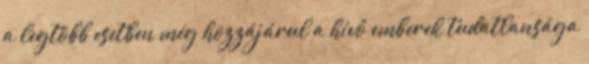
a legtöbb esetben még hozzájárul a hívő emberek tudatlansága